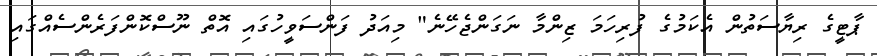
ޕާޓީގެ ރިޔާސަތުން އެކަމުގެ ފުރިހަމަ ޒިންމާ ނަގަންޖެހޭނެ" މިއަދު ފަންސަވީހުގައި އޮތް ނޫސްކޮންފަރެންސެއްގައި